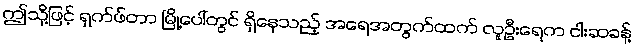
ဤသို့ဖြင့် ရှက်ဖ်တာ မြို့ပေါ်တွင် ရှိနေသည့် အရေအတွက်ထက် လူဦးရေက ငါးဆခန့်